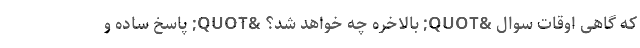
که گاهی اوقات سوال &QUOT; بالاخره چه خواهد شد؟ &QUOT; پاسخ ساده و